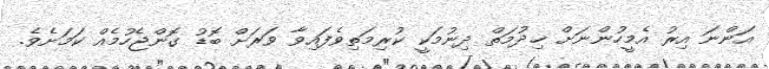
އަންނަ އިރު އެމީހުންނަށް ޚިދުމަތް ދިނުމަކީ ކުރިމަތިވެފައިވާ ވަރަށް ބޮޑު ގޮންޖެހުމެއް ކަމަށެވެ.